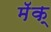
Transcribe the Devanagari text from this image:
मॅक्